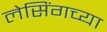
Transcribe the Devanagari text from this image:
लेसिंगच्या